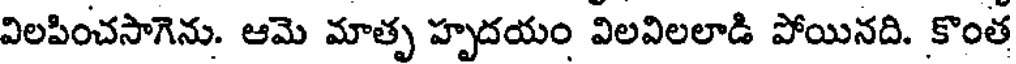
విలపించసాగెను. ఆమె మాతృ హృదయం విలవిలలాడి పోయినది. కొంత